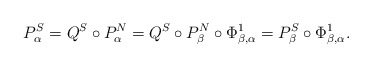
\begin{align*}P_{\alpha }^{S}=Q^{S}\circ P_{\alpha }^{N}=Q^{S}\circ P_{\beta }^{N}\circ\Phi _{\beta ,\alpha }^{1}=P_{\beta }^{S}\circ \Phi _{\beta ,\alpha }^{1}.\end{align*}